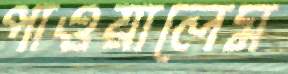
পাওয়ালেম